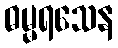
ဓမ္မရသေန